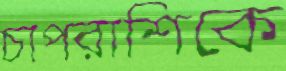
চাপরাশিকে